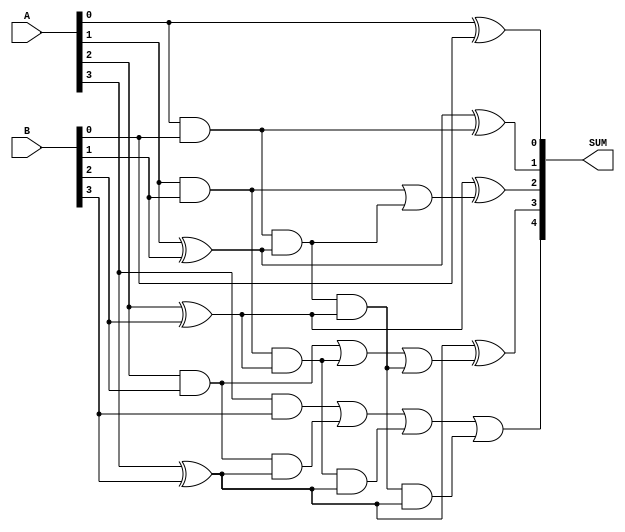
`timescale 1ns / 1ps

module four_bit_adder_EC
(
  input [3:0] A,
  input [3:0] B,
  output [4:0] SUM
);

  assign SUM[0] = A[0] ^ B[0];
  assign SUM[1] = A[1] ^ B[1] ^ (A[0] & B[0]);
  assign SUM[2] = A[2] ^ B[2] ^ ((A[1] & B[1]) | ((A[0] & B[0]) & (A[1] ^ B[1])));
  assign SUM[3] = A[3] ^ B[3] ^ ((A[2] & B[2]) | ((A[1] & B[1]) & (A[2] ^ B[2])) | ((A[0] & B[0]) & (A[1] ^ B[1]) & (A[2] ^ B[2])));
  assign SUM[4] = ((A[3] & B[3]) | (A[2] & B[2]) & (A[3] ^ B[3])) | ((A[1] & B[1]) & (A[2] ^ B[2]) & (A[3] ^ B[3])) | ((A[0] & B[0]) & (A[1] ^ B[1]) & (A[2] ^ B[2]) & (A[3] ^ B[3]));

endmodule